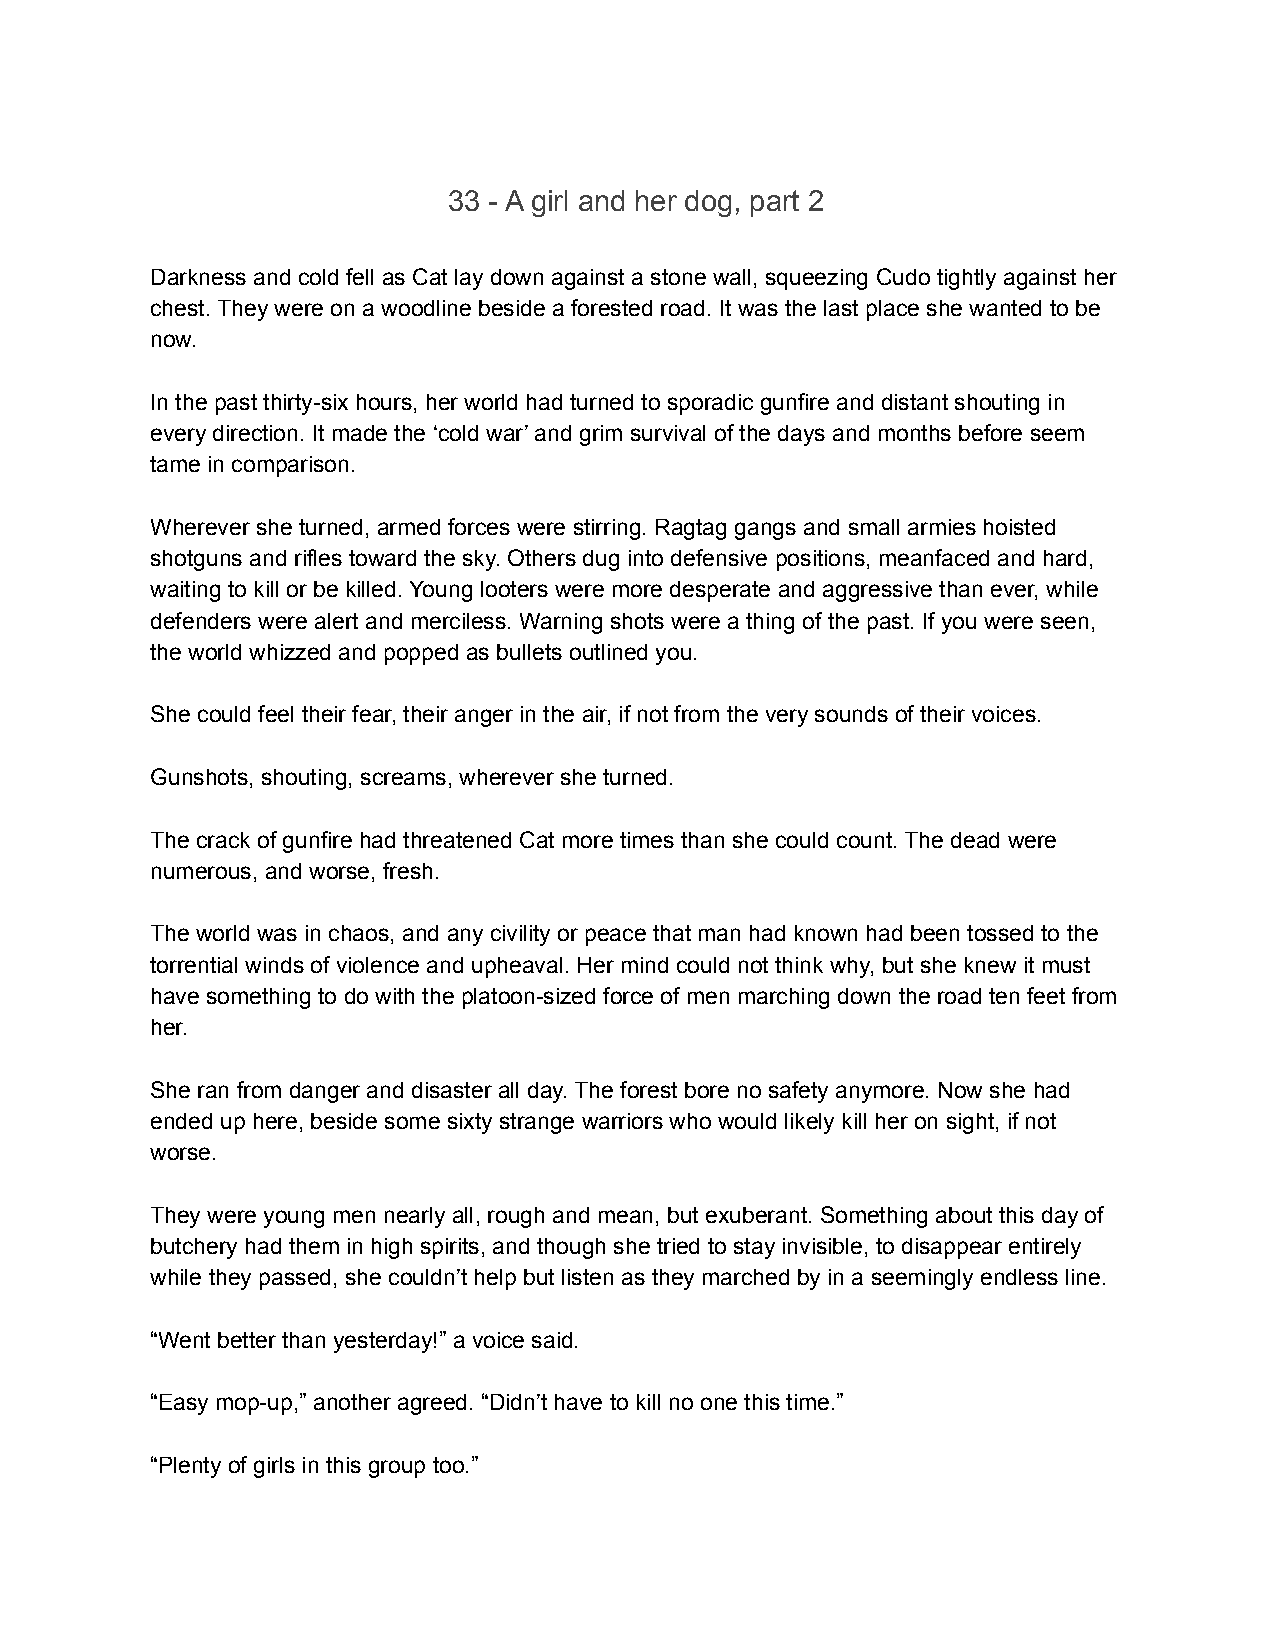
33 - A girl and her dog, part 2
 Darkness and cold fell as Cat lay down against a stone wall, squeezing Cudo tightly against her
 chest. They were on a woodline beside a forested road. It was the last place she wanted to be
 now.
 In the past thirty-six hours, her world had turned to sporadic gunfire and distant shouting in
 every direction. It made the ‘cold war’ and grim survival of the days and months before seem
 tame in comparison.
 Wherever she turned, armed forces were stirring. Ragtag gangs and small armies hoisted
 shotguns and rifles toward the sky. Others dug into defensive positions, meanfaced and hard,
 waiting to kill or be killed. Young looters were more desperate and aggressive than ever, while
 defenders were alert and merciless. Warning shots were a thing of the past. If you were seen,
 the world whizzed and popped as bullets outlined you.
 She could feel their fear, their anger in the air, if not from the very sounds of their voices.
 Gunshots, shouting, screams, wherever she turned.
 The crack of gunfire had threatened Cat more times than she could count. The dead were
 numerous, and worse, fresh.
 The world was in chaos, and any civility or peace that man had known had been tossed to the
 torrential winds of violence and upheaval. Her mind could not think why, but she knew it must
 have something to do with the platoon-sized force of men marching down the road ten feet from
 her.
 She ran from danger and disaster all day. The forest bore no safety anymore. Now she had
 ended up here, beside some sixty strange warriors who would likely kill her on sight, if not
 worse.
 They were young men nearly all, rough and mean, but exuberant. Something about this day of
 butchery had them in high spirits, and though she tried to stay invisible, to disappear entirely
 while they passed, she couldn’t help but listen as they marched by in a seemingly endless line.
 “Went better than yesterday!” a voice said.
 “Easy mop-up,” another agreed. “Didn’t have to kill no one this time.”
 “Plenty of girls in this group too.”